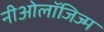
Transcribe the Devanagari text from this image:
नीओलॉजिज्म